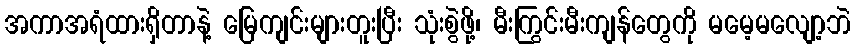
အကာအရံထားရှိတာနဲ့ မြေကျင်းများတူးပြီး သုံးစွဲဖို့၊ မီးကြွင်းမီးကျန်တွေကို မမေ့မလျော့ဘဲ